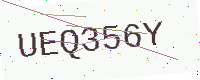
Text: UEQ356Y